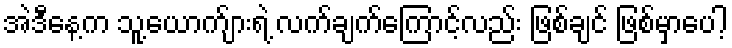
အဲဒီနေ့က သူ့ယောက်ျားရဲ့ လက်ချက်ကြောင့်လည်း ဖြစ်ချင် ဖြစ်မှာပေါ့